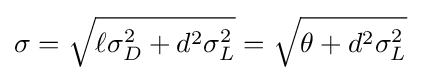
\sigma ={\sqrt {\ell \sigma _{D}^{2}+d^{2}\sigma _{L}^{2}}}={\sqrt {\theta +d^{2}\sigma _{L}^{2}}}